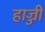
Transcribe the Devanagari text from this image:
हाज्जी